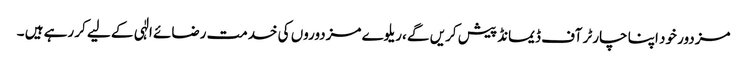
مزدور خود اپنا چارٹر آف ڈیمانڈ پیش کریں گے ،ریلوے مزدوروں کی خدمت رضائے الٰہی کے لیے کر رہے ہیں ۔